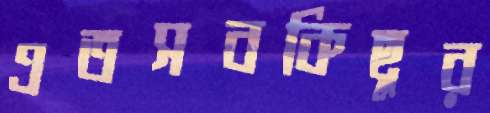
এতসবকিছুর